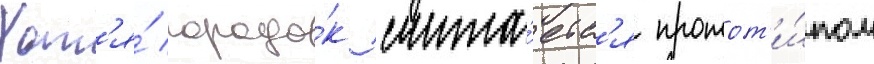
Хот'я́ городо́к счита́етс'я протот'и́пом